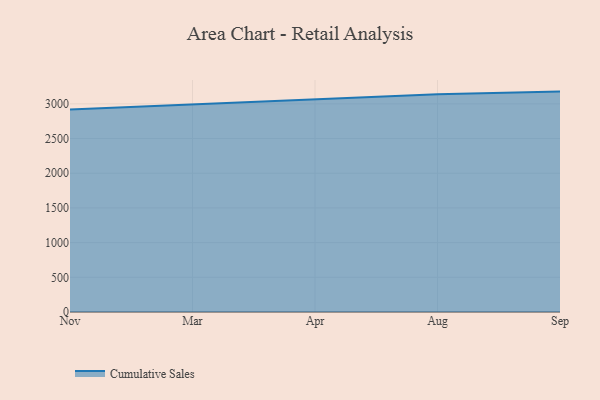
{"axis": {"x": "Month", "y": "Bounce Rate (%)"}, "legend": ["Cumulative Sales"], "data": [{"x": "Nov", "y": 2918.8, "type": "Cumulative Sales"}, {"x": "Mar", "y": 2992.9, "type": "Cumulative Sales"}, {"x": "Apr", "y": 3066.9, "type": "Cumulative Sales"}, {"x": "Aug", "y": 3137.5, "type": "Cumulative Sales"}, {"x": "Sep", "y": 3176.3, "type": "Cumulative Sales"}]}